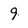
Character: 9